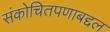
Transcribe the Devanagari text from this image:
संकोचितपणाबद्दल